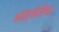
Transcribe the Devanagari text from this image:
आइसेरिया